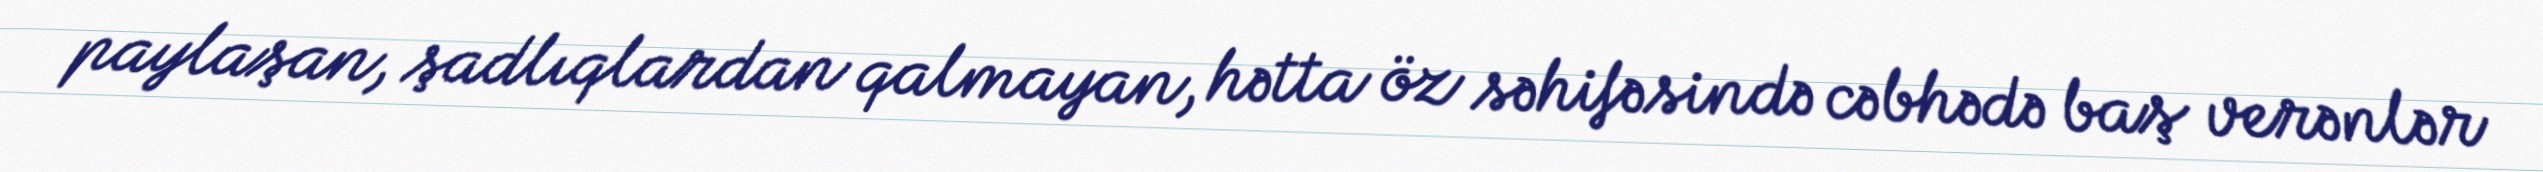
paylaşan, şadlıqlardan qalmayan, hətta öz səhifəsində cəbhədə baş verənlər